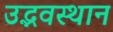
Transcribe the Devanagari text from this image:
उद्भवस्थान